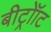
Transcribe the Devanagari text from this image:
बीट्रोॉट